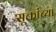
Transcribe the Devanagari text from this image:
सूक्तांच्या